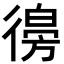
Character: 𢕨